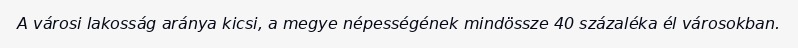
A városi lakosság aránya kicsi, a megye népességének mindössze 40 százaléka él városokban.